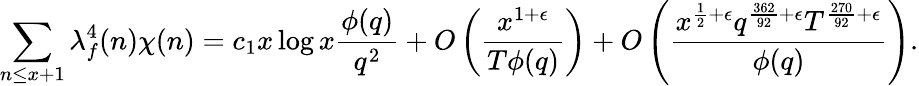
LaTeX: \sum_{n\leq x+1}\lambda_{f}^{4}(n)\chi(n)=c_{1}x\log x\frac{\phi(q)}{q^{2}}+O\left(\frac{x^{1+\epsilon}}{T\phi(q)}\right)+O\left(\frac{x^{\frac{1}{2}+\epsilon}q^{\frac{362}{92}+\epsilon}T^{\frac{270}{92}+\epsilon}}{\phi(q)}\right).